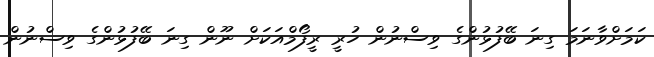
ކަަމަށްވާނަމަ ގިނަ ބޭފުޅުންގެ ވިސްނުން ހުރީ ރީފޯމްއަކަށް ނޫން ގިނަ ބޭފުޅުންގެ ވިސްނުން